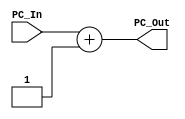
//Increments the program counter by 1
//Fully combinational

module PC_adder(
    input [7:0] PC_In,      //connected to the PC
    output [7:0] PC_Out     //connected to MUX1.In2
);

    assign PC_Out = PC_In + 1;

endmodule